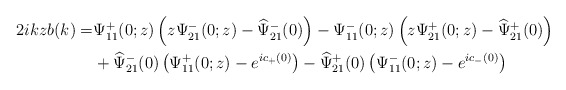
\begin{align*}\begin{aligned}2 i k z b(k)=& \Psi^+_{11}(0 ; z)\left(z \Psi^-_{21}(0;z)-\widehat{\Psi}^-_{21}(0)\right)-\Psi^-_{11}(0;z)\left(z \Psi^+_{21}(0; z)-\widehat{\Psi}^+_{21}(0)\right) \\&+\widehat{\Psi}^-_{21}(0)\left(\Psi^+_{11}(0;z)-e^{ic_+(0)}\right)-\widehat{\Psi}^+_{21}(0)\left(\Psi^-_{11}(0;z)-e^{ic_-(0)}\right)\end{aligned}\end{align*}